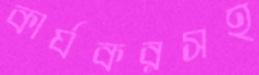
কার্যকরসহ